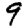
Digit: 9